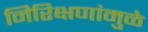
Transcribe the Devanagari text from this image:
निरिक्षणांमुळे